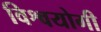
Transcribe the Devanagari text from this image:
विश्वयोगी